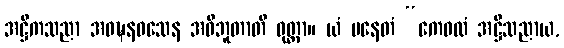
အဋ္ဌိကသညာ အဝဍ္ဎနဝသေန အဝိဘူတာတိ ဝုတ္တာ။ ယံ ပနေတံ “ကေဝလံ အဋ္ဌိသညာယ,